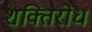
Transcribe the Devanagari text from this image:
शक्तिरोध